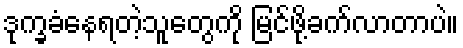
ဒုက္ခခံနေရတဲ့သူတွေကို မြင်ဖို့ခက်လာတာပဲ။